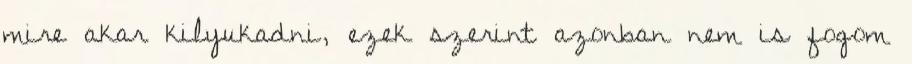
mire akar kilyukadni, ezek szerint azonban nem is fogom